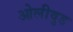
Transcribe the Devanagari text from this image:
ओलीवुड